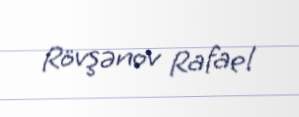
Rövşənov Rafael